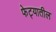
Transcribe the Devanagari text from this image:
फेट्यातील